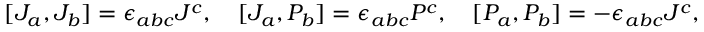
[ J _ { a } , J _ { b } ] = \epsilon _ { a b c } J ^ { c } , \quad [ J _ { a } , P _ { b } ] = \epsilon _ { a b c } P ^ { c } , \quad [ P _ { a } , P _ { b } ] = - \epsilon _ { a b c } J ^ { c } ,